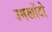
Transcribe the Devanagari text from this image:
उमखोंटो